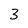
Character: 3